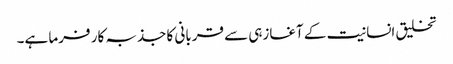
تخلیق انسانیت کے آغازہی سے قربانی کا جذبہ کار فرما ہے۔